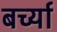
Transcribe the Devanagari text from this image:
बर्च्या